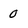
Character: 0